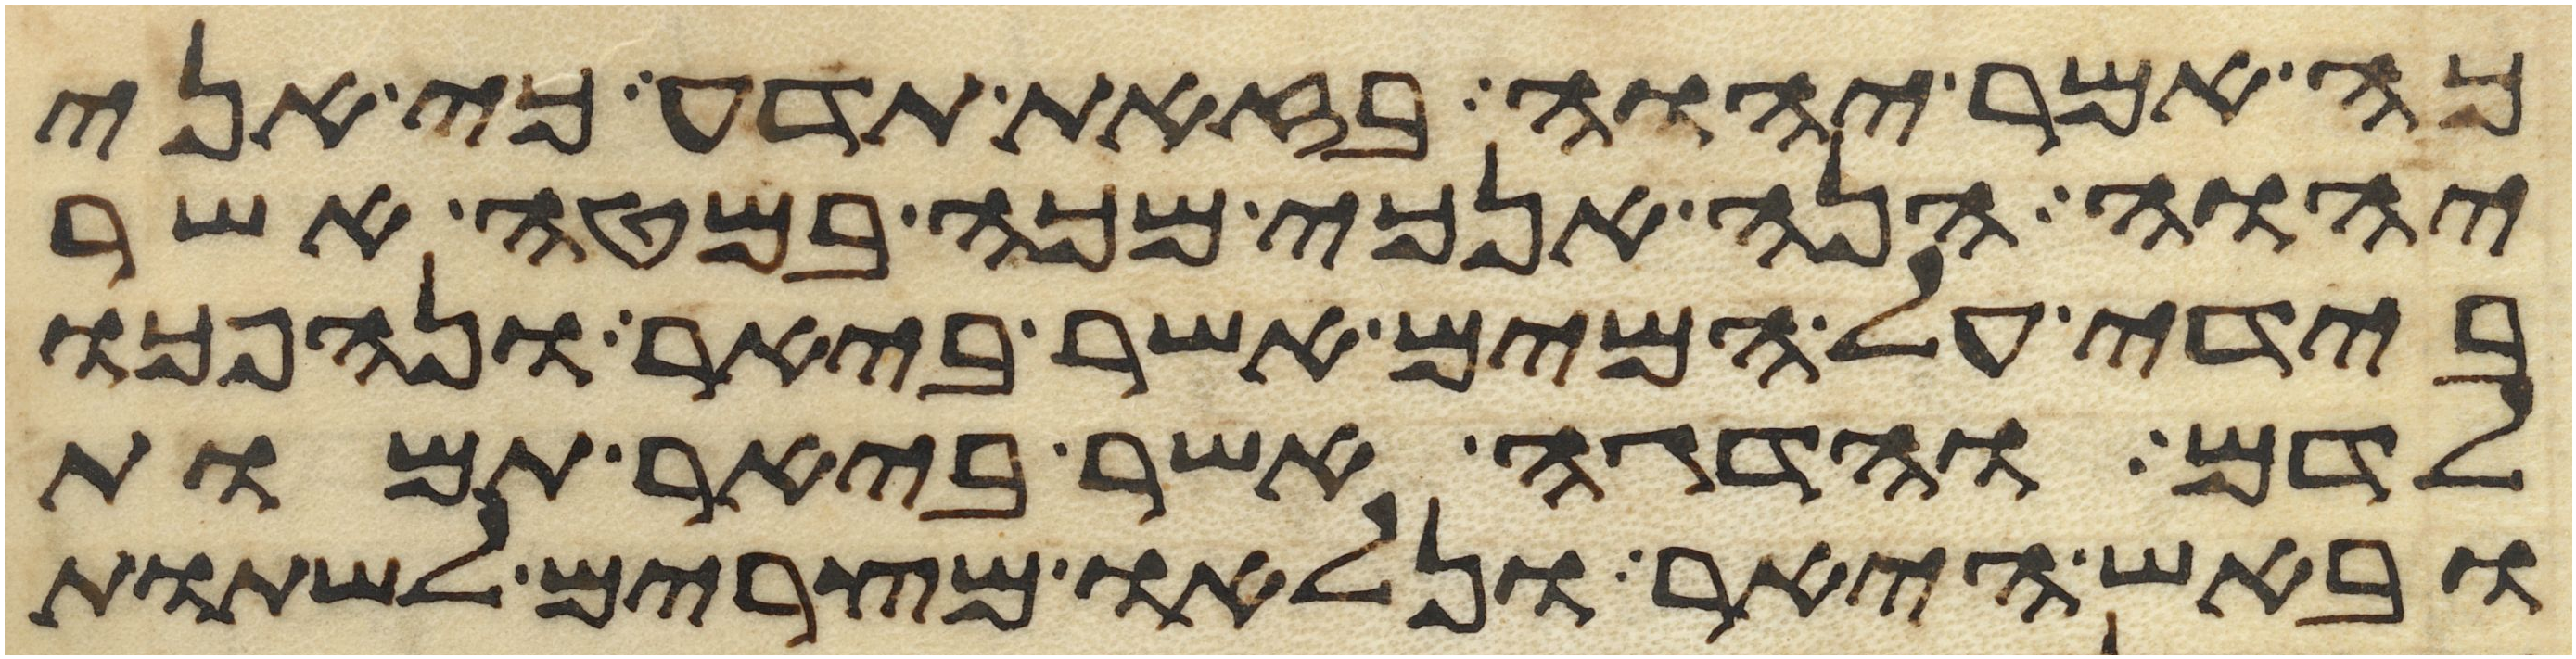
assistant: כה אמר יהוה בזאת תדע כי אני
יהוה הנה אנכי מכה במטה אשר
בידי על המים אשר ביאר ונהפכו
לדם והדגה אשר ביאר תמות
ובאש היאר ונלאו מצרים לשתות